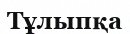
Тұлыпқа